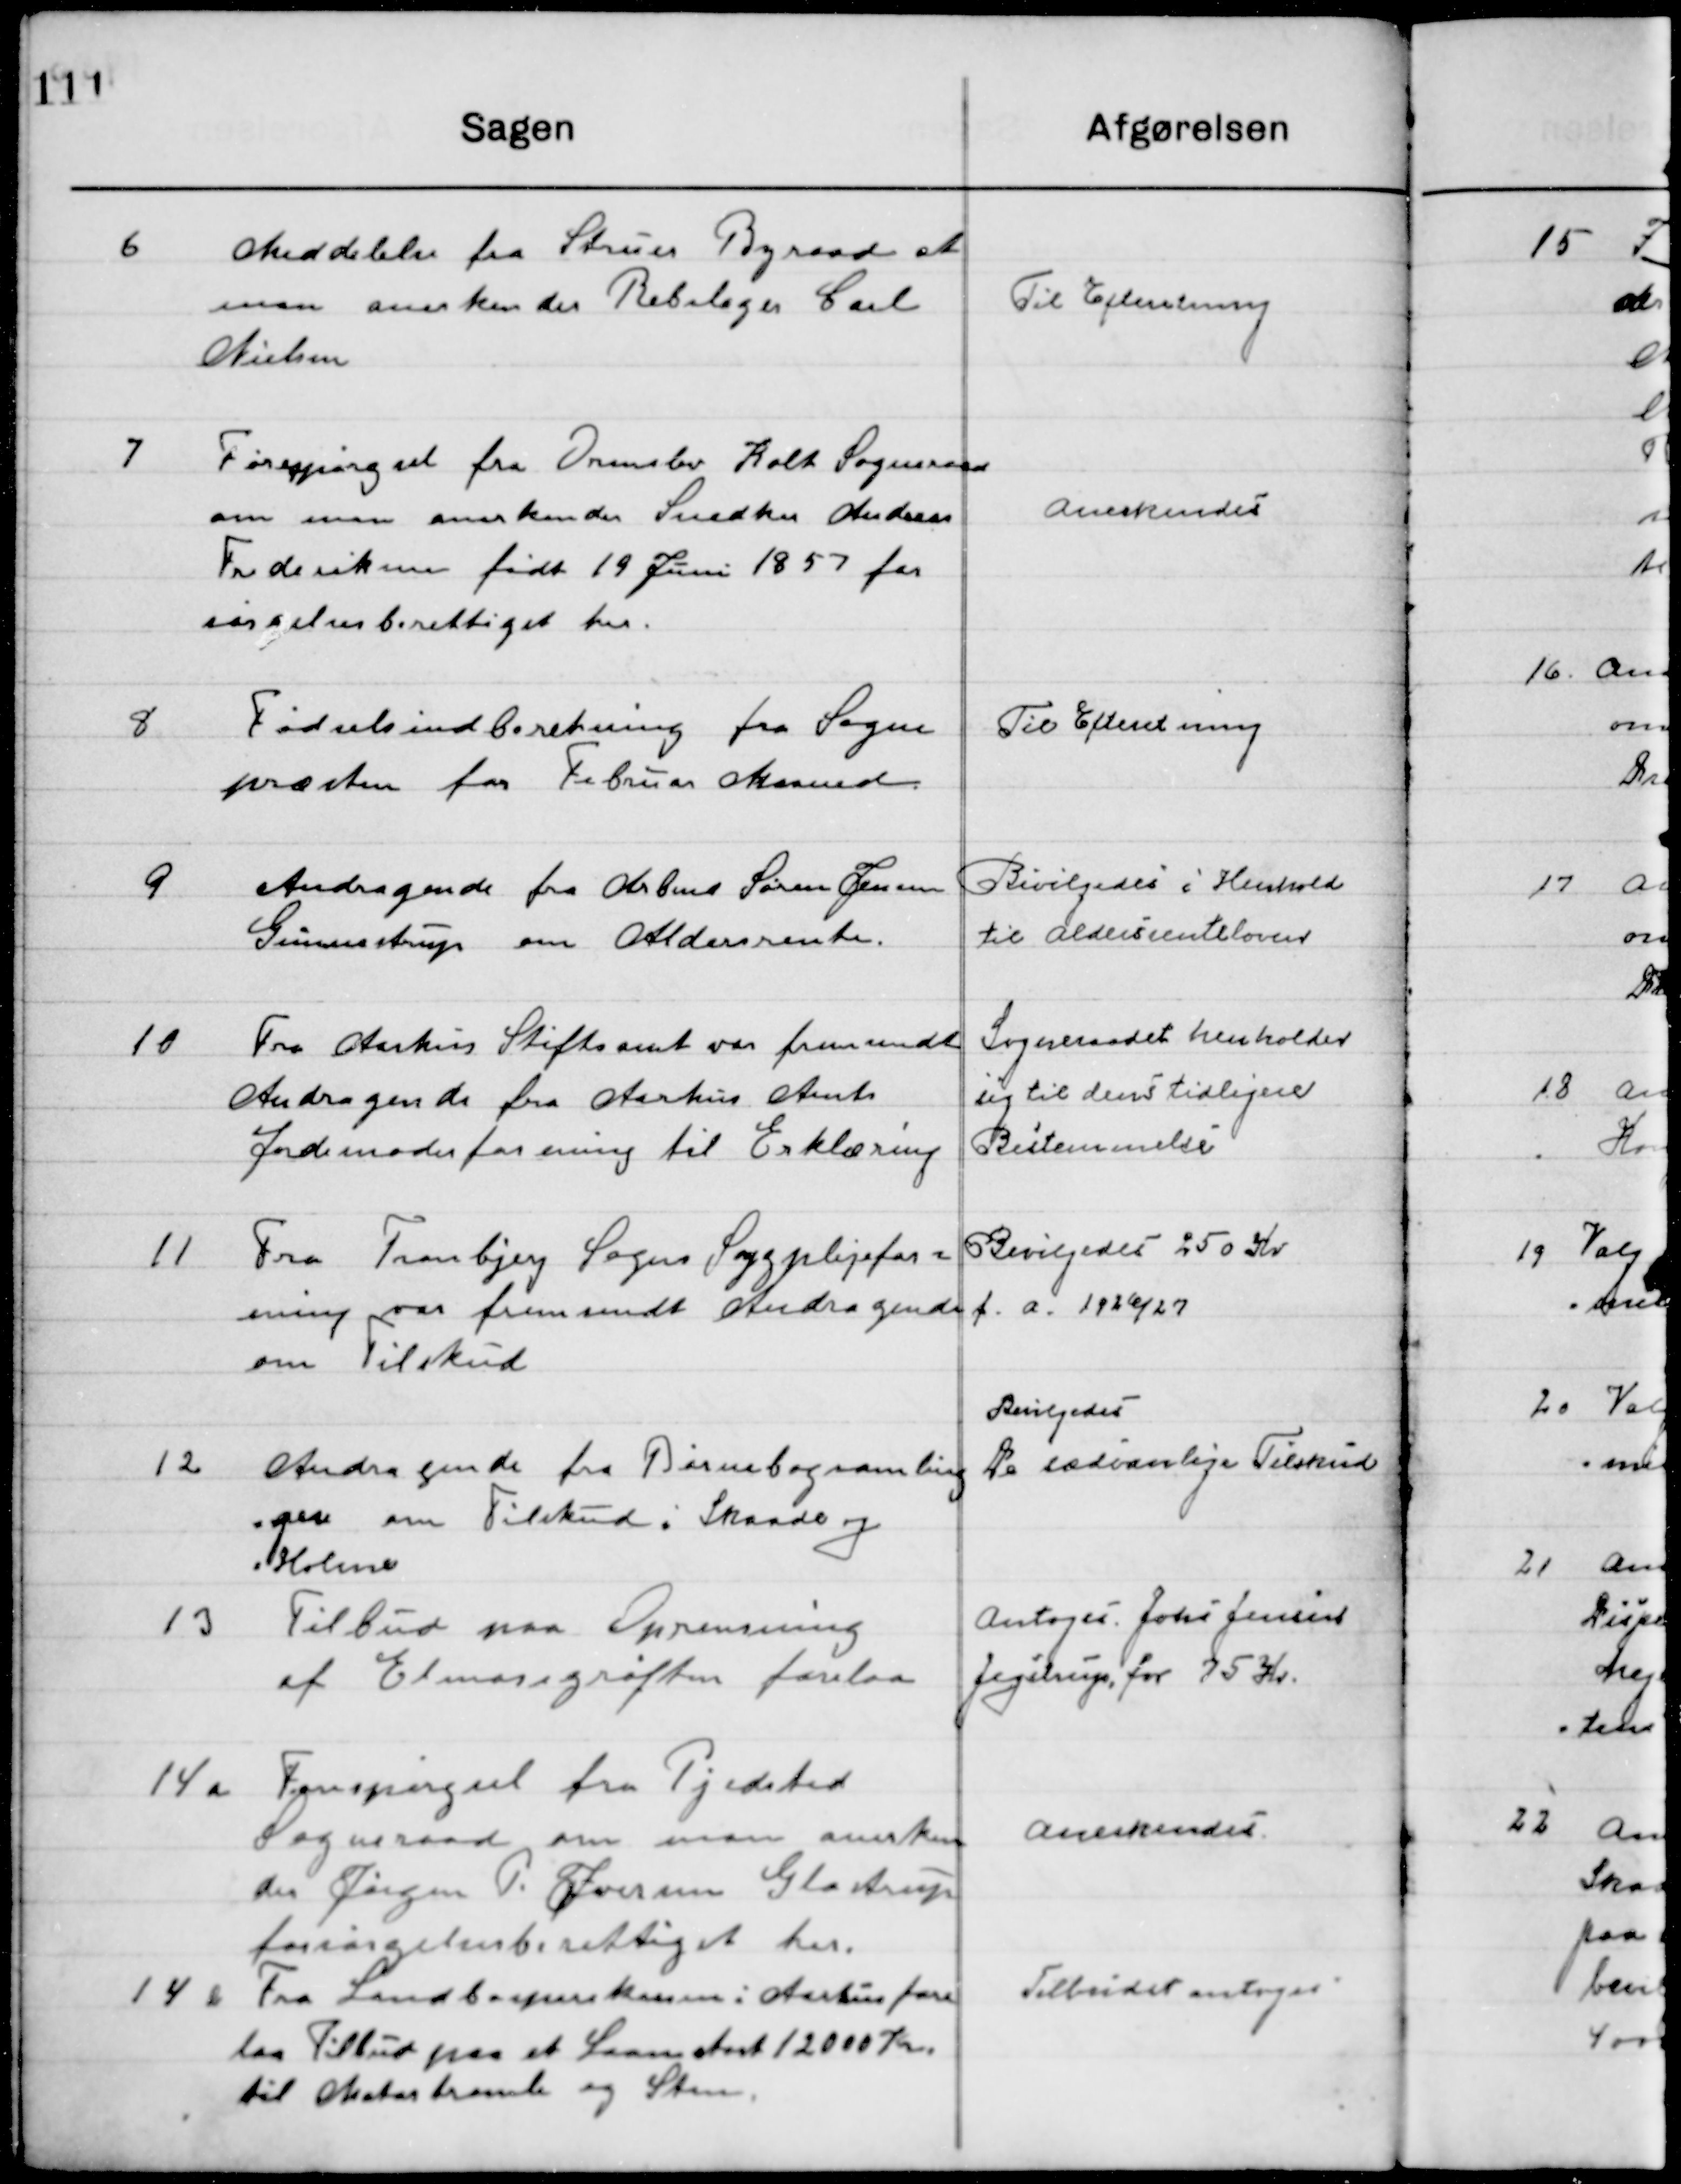
Transskription:
6

Meddelelse fra Struer Byraad at 
man anerkender der Rebslager Carl 
Nielsen

Til Efterretning

7

Forespørgsel fra Ormslev Kolt Sogneraad  	
om man anerkender Snedker Andreas 
Frederiksen født 19 Juni 1857 forsørgel- 
sesberettiget her.

Anerkendes

8

Fødselsindberetning fra Sogne-
Præsten for Februar Maaned

Til Efterretning

9

Andragende fra Arbmd. Søren Jensen
Gunnestrup om Aldersrente

Bevilgedes i Henhold
til Aldersrenteloven

10

Fra Aarhus Stiftsamt var fremsendt
Andragende fra Aarhus Amt
Jordmoderforening til Erklæring.

Sogneraadet henholder
sig til den tidligere
Bestemmelse

11

Fra Tranbjerg Sogns Sygeplejefor-
ening var fremsendt Andragende 
om Tilskud

Bevilgedes 250 Kr.
f. a. 1926 / 27

12

Andragende fra Børnebogssamlingen
om Tilskud. Skaade og 
Holme

Bevilgedes 
De sædvanlige Tilskud

13

Tilbud paa Oprensning
af Elmosegrøften forelaa

Antoges Jens Jensen 
Jegstrup for 95 Kr.

14 a

Forespørgsel fra Pjedsted
Sogneraad om man anerken
der Jørgen P. Hansen Glostrup
Forsørgelsesberettiget her

Anerkendes

14 b

Fra Landbosparekassen i Aarhus fore-
laa Tilbud paa et Laan stort 12000 Kr.
til ekstratromle og Sten.

Tilbuddet antoges